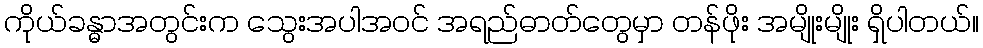
ကိုယ်ခန္ဓာအတွင်းက သွေးအပါအဝင် အရည်ဓာတ်တွေမှာ တန်ဖိုး အမျိုးမျိုး ရှိပါတယ်။